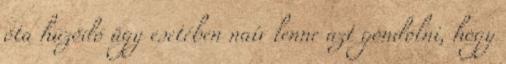
óta húzódó ügy esetében naív lenne azt gondolni, hogy